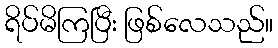
ရိပ်မိကြပြီး ဖြစ်လေသည်။